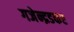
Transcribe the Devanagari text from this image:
गजेन्द्रडकर